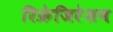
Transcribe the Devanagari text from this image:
रिफ्रेजिरेशन